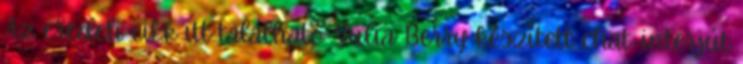
Az eredeti cikk itt található Yulia Berry készített chat-interjút